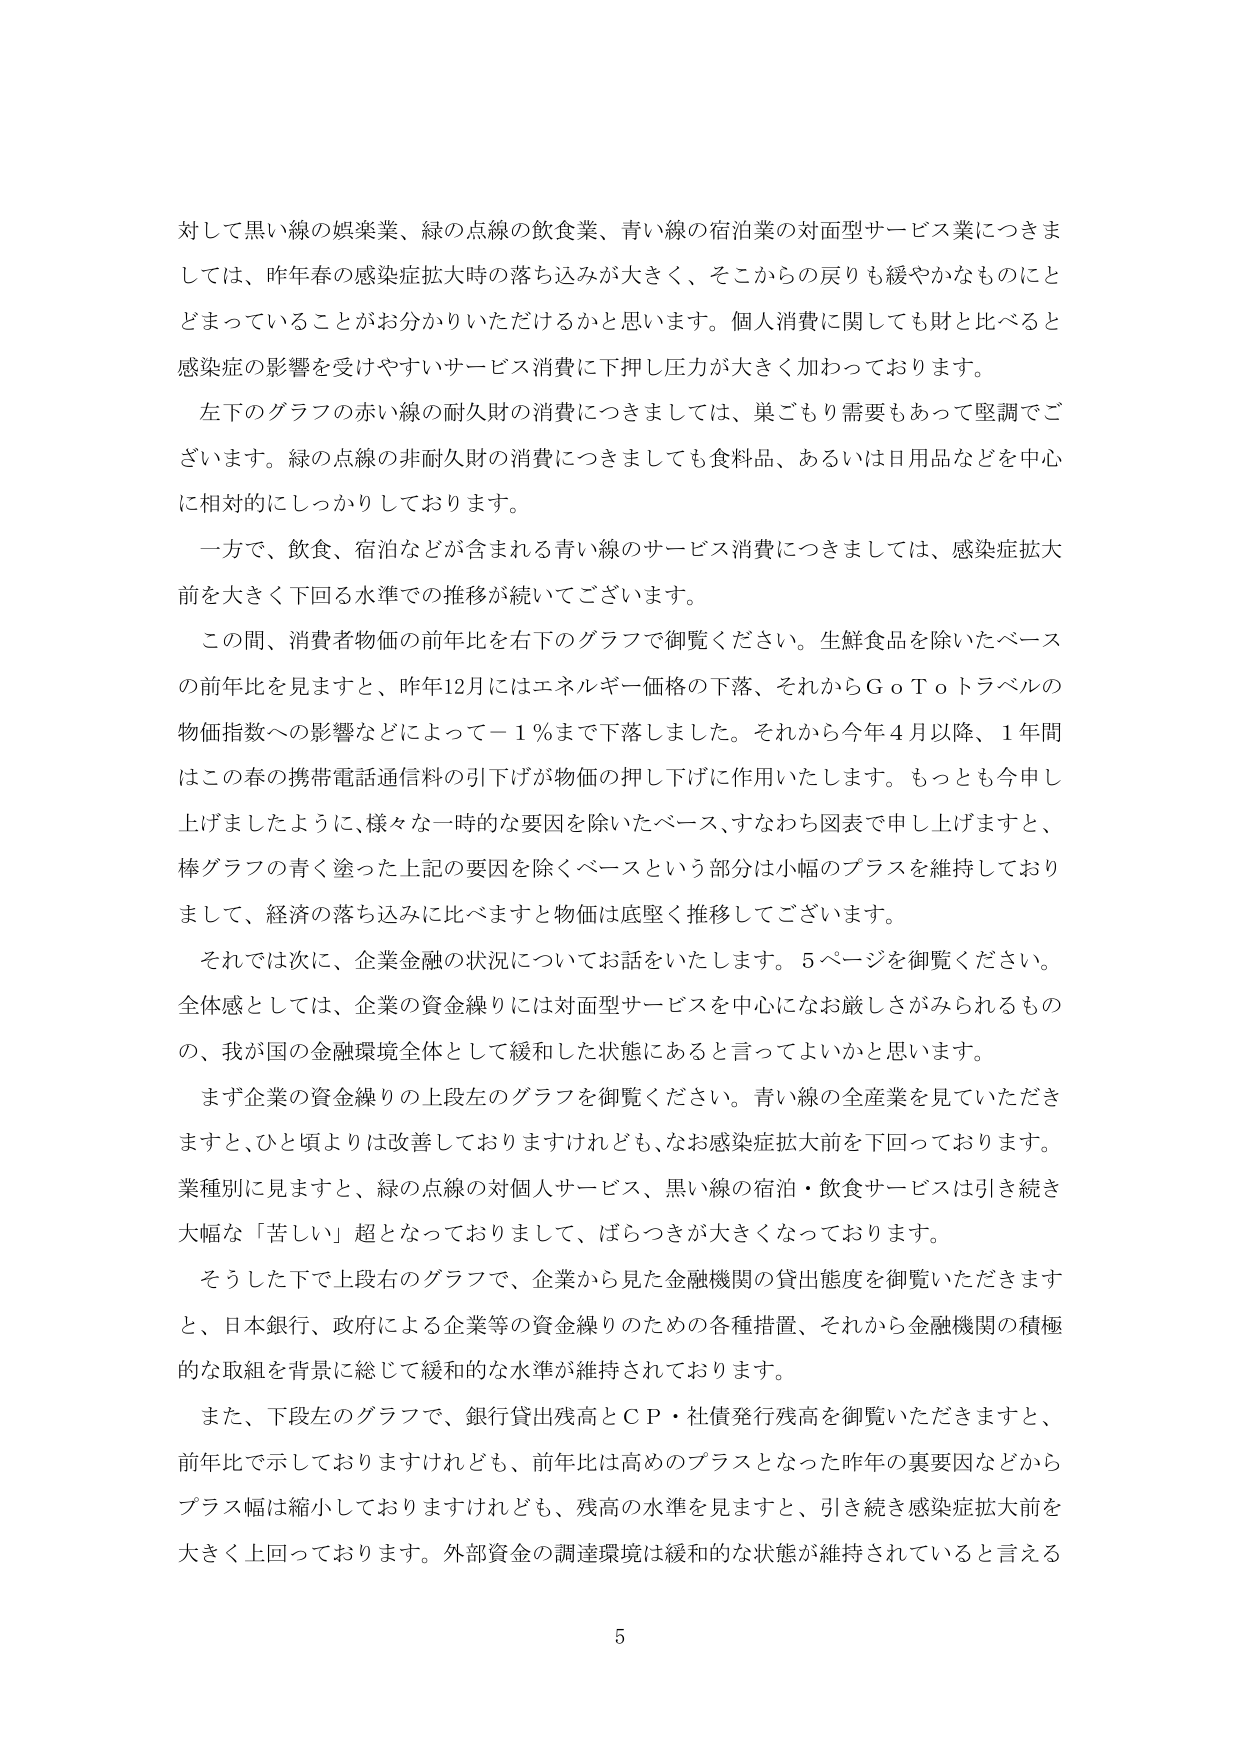
対して黒い線の娯楽業、緑の点線の飲食業、青い線の宿泊業の対面型サービス業につきましては、昨年春の感染症拡大時の落ち込みが大きく、そこからの戻りも緩やかなものにとどまっていることがお分かりいただけるかと思います。個人消費に関しても財と比べると感染症の影響を受けやすいサービス消費に下押し圧力が大きく加わっております。

左下のグラフの赤い線の耐久財の消費につきましては、巣ごもり需要もあって堅調でございます。緑の点線の非耐久財の消費につきましても食料品、あるいは日用品などを中心に相対的にしっかりしております。

一方で、飲食、宿泊などが含まれる青い線のサービス消費につきましては、感染症拡大前を大きく下回る水準での推移が続いてございます。

この間、消費者物価の前年比を右下のグラフで御覧ください。生鮮食品を除いたベースの前年比を見ますと、昨年12月にはエネルギー価格の下落、それからＧｏＴｏトラベルの物価指数への影響などによって－１％まで下落しました。それから今年４月以降、１年間はこの春の携帯電話通信料の引下げが物価の押し下げに作用いたします。もっとも今申し上げましたように、様々な一時的な要因を除いたベース、すなわち図表で申し上げますと、棒グラフの青く塗った上記の要因を除くベースという部分は小幅のプラスを維持しておりまして、経済の落ち込みに比べますと物価は底堅く推移しております。

それでは次に、企業金融の状況についてお話しいたします。５ページを御覧ください。全体感としては、企業の資金繰りには対面型サービスを中心になお厳しさがみられるものの、我が国の金融環境全体として緩和した状態にあると言ってよいかと思います。

まず企業の資金繰りの上段左のグラフを御覧ください。青い線の全産業を見ていただきますと、ひと頃よりは改善しておりますけれども、なお感染症拡大前を下回っております。業種別に見ますと、緑の点線の対個人サービス、黒い線の宿泊・飲食サービスは引き続き大幅な「苦しい」超となっておりまして、ばらつきが大きくなっております。

そうした下で上段右のグラフで、企業から見た金融機関の貸出態度を御覧いただきますと、日本銀行、政府による企業等の資金繰りのための各種措置、それから金融機関の積極的な取組を背景に総じて緩和的な水準が維持されております。

また、下段左のグラフで、銀行貸出残高とＣＰ・社債発行残高を御覧いただきますと、前年比で示しておりますけれども、前年比は高めのプラスとなった昨年の裏要因などからプラス幅は縮小しておりますけれども、残高の水準を見ますと、引き続き感染症拡大前を大きく上回っております。外部資金の調達環境は緩和的な状態が維持されていると言える

5